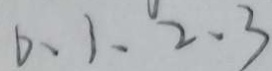
0 、 1 、 2 、 3